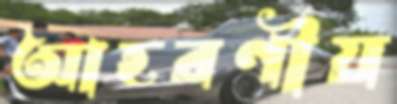
আহরণীয়